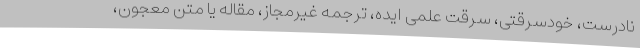
نادرست، خودسرقتی، سرقت علمی ایده، ترجمه غیرمجاز، مقاله یا متن معجون،